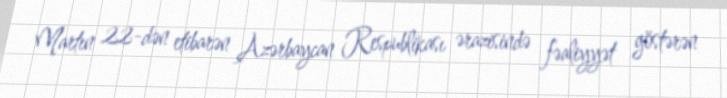
Martın 22-dən etibarən Azərbaycan Respublikası ərazisində fəaliyyət göstərən